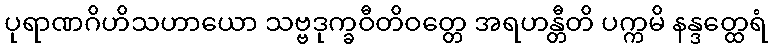
ပုရာဏဂိဟိသဟာယော သဗ္ဗဒုက္ခဝီတိဝတ္တေ အရဟန္တီတိ ပက္ကမိ နန္ဒတ္ထေရံ